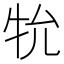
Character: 𭷙